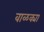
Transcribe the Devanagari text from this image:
वाळक्या